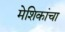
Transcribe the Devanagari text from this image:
मेशिकांचा